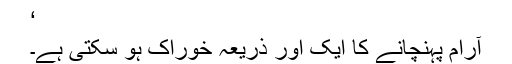
‘
آرام پہنچانے کا ایک اور ذریعہ خوراک ہو سکتی ہے۔